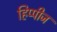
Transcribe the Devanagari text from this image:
हिप्पीज